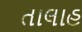
તાલાહ